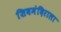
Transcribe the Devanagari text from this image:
शिवमंदिराला